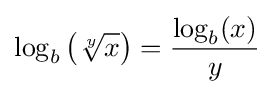
\log _{b}\left({\sqrt[{y}]{x}}\right)={\frac {\log _{b}(x)}{y}}